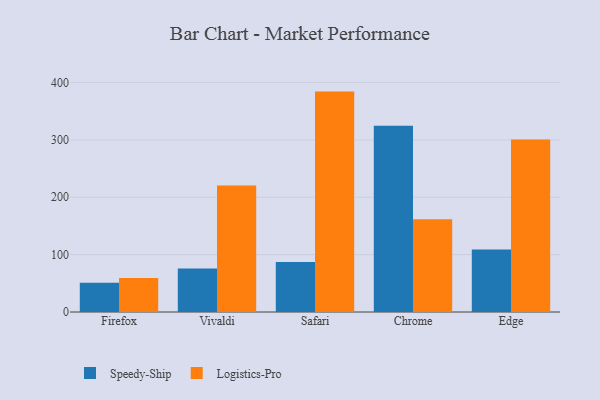
{"axis": {"x": "Browser", "y": "Bounce Rate (%)"}, "legend": ["Logistics-Pro", "Speedy-Ship"], "data": [{"x": "Firefox", "y": 50.9, "type": "Speedy-Ship"}, {"x": "Firefox", "y": 59.1, "type": "Logistics-Pro"}, {"x": "Vivaldi", "y": 76.0, "type": "Speedy-Ship"}, {"x": "Vivaldi", "y": 220.3, "type": "Logistics-Pro"}, {"x": "Safari", "y": 87.3, "type": "Speedy-Ship"}, {"x": "Safari", "y": 384.2, "type": "Logistics-Pro"}, {"x": "Chrome", "y": 324.5, "type": "Speedy-Ship"}, {"x": "Chrome", "y": 161.6, "type": "Logistics-Pro"}, {"x": "Edge", "y": 109.0, "type": "Speedy-Ship"}, {"x": "Edge", "y": 300.6, "type": "Logistics-Pro"}]}